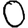
Digit: 0